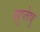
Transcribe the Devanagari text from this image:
सुप्तेषु